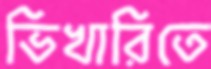
ভিখারিতে